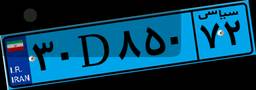
۰۵D۱۸۷۰۲